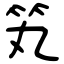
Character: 笂